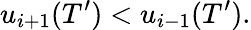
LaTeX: u_{i+1}(T^{\prime})<u_{i-1}(T^{\prime}).